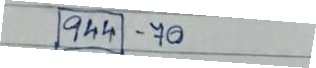
944 - 70